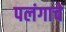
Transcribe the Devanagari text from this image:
पलंगाचे